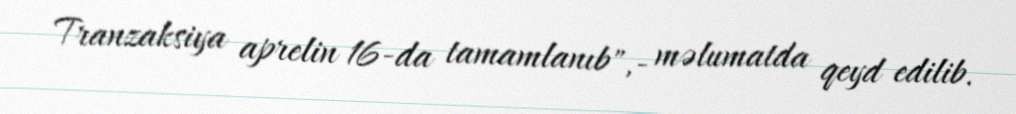
Tranzaksiya aprelin 16-da tamamlanıb",- məlumatda qeyd edilib.